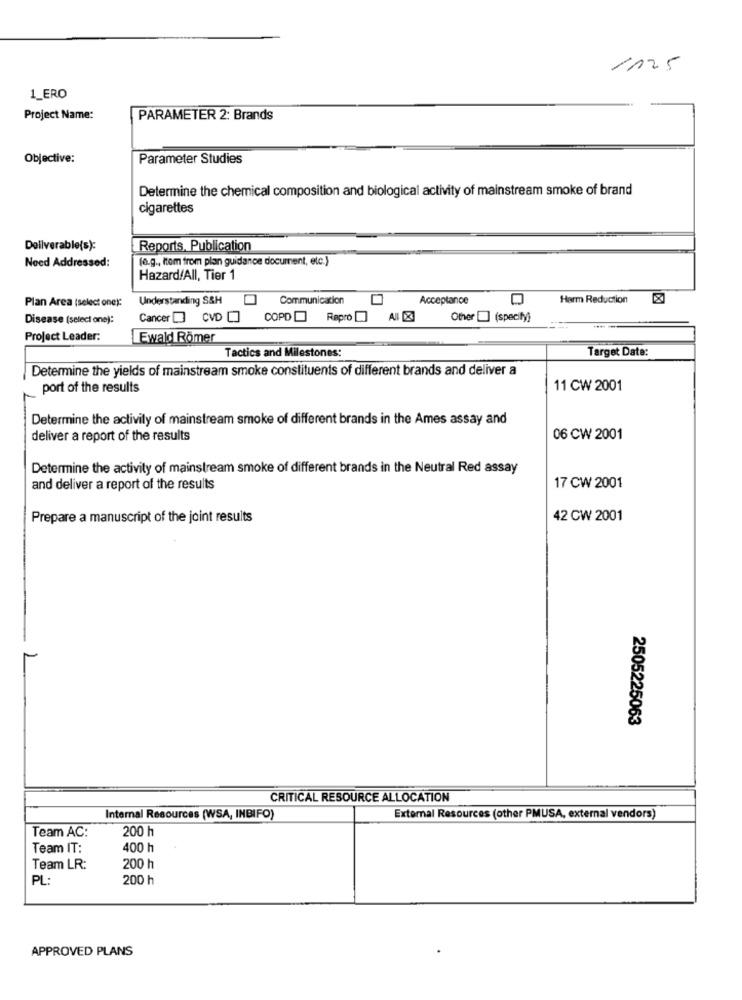
1125
1_ERO
Project Name:
PARAMETER 2: Brands
Objective:
Parameter Studies
Determine the chemical composition and biological activity of mainstream smoke of brand
cigarettes
Deliverable(s):
Reports, Publication
Need Addressed:
(e.g ., item from plan guidance document, etc.)
Hazard/All, Tier 1
Understanding S&H
Communication
Acceptance
Harm Reduction
Plan Area (select one):
Disease (select one):
Cancer [ CVD ] COPD Repro [] All
Other [] (specify}
Project Leader:
Ewald Römer
Target Date:
Tactics and Milestones:
Determine the yields of mainstream smoke constituents of different brands and deliver a
port of the results
11 CW 2001
Determine the activity of mainstream smoke of different brands in the Ames assay and
deliver a report of the results
06 CW 2001
Determine the activity of mainstream smoke of different brands in the Neutral Red assay
and deliver a report of the results
17 CW 2001
Prepare a manuscript of the joint results
42 CW 2001
2505225063
CRITICAL RESOURCE ALLOCATION
Internal Resources (WSA, INBIFO)
External Resources (other PMUSA, external vendors)
Team AC:
200 h
Team IT:
400 h
Team LR:
200 h
PL:
200 h
APPROVED PLANS